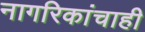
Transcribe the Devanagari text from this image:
नागरिकांचाही